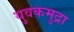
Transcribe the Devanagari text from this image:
युवकमुद्रा